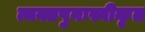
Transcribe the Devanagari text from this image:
त्यक्तपुनःस्वीकृत